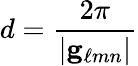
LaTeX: d={\frac{2\pi}{|\mathbf{g}_{\ell mn}|}}